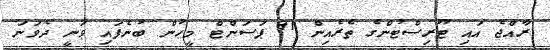
ރާއްޖެ އައި ޓޫރިސްޓުންގެ ތެރެއިން 91 ޕަސަންޓް މީހުން ބުނެފައި ވަނީ ދެވަނަ